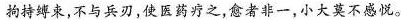
拘持缚束，不与兵刃，使医药疗之，愈者非一，小大莫不感悦。